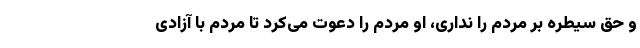
و حق سیطره بر مردم را نداری، او مردم را دعوت می‌کرد تا مردم با آزادی